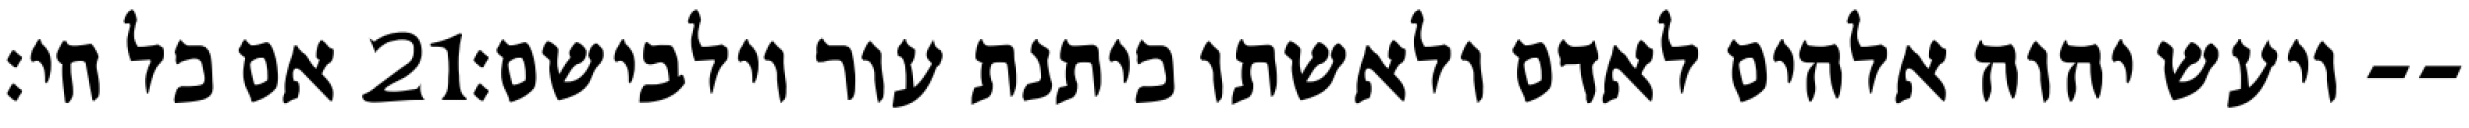
אם כל חי׃ ‎21‏ ויעש יהוה אלהים לאדם ולאשתו כיתנת עור וילבישם׃--